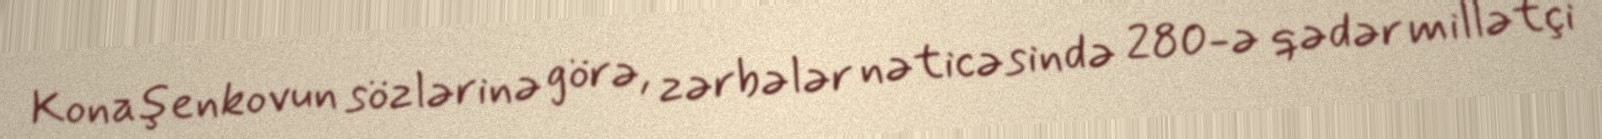
Konaşenkovun sözlərinə görə, zərbələr nəticəsində 280-ə qədər millətçi